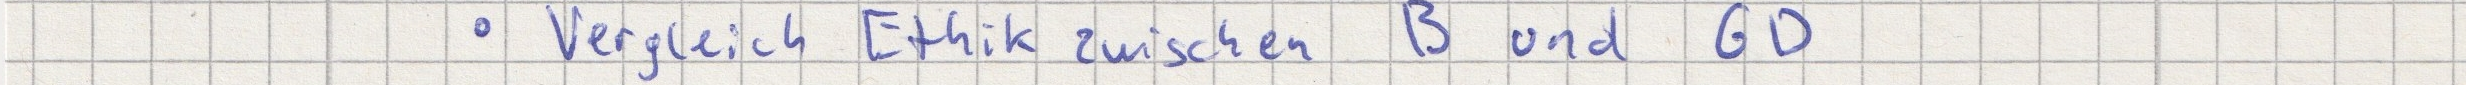
- Vergleich Ethik zwischen B und GD